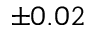
\pm 0 . 0 2